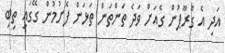
އަދި އެ ގްރޫޕުން ގެއަށް ވަދެ ތަންތަން ތަޅަން ފެށުމުން ގޭގައި ތިބި